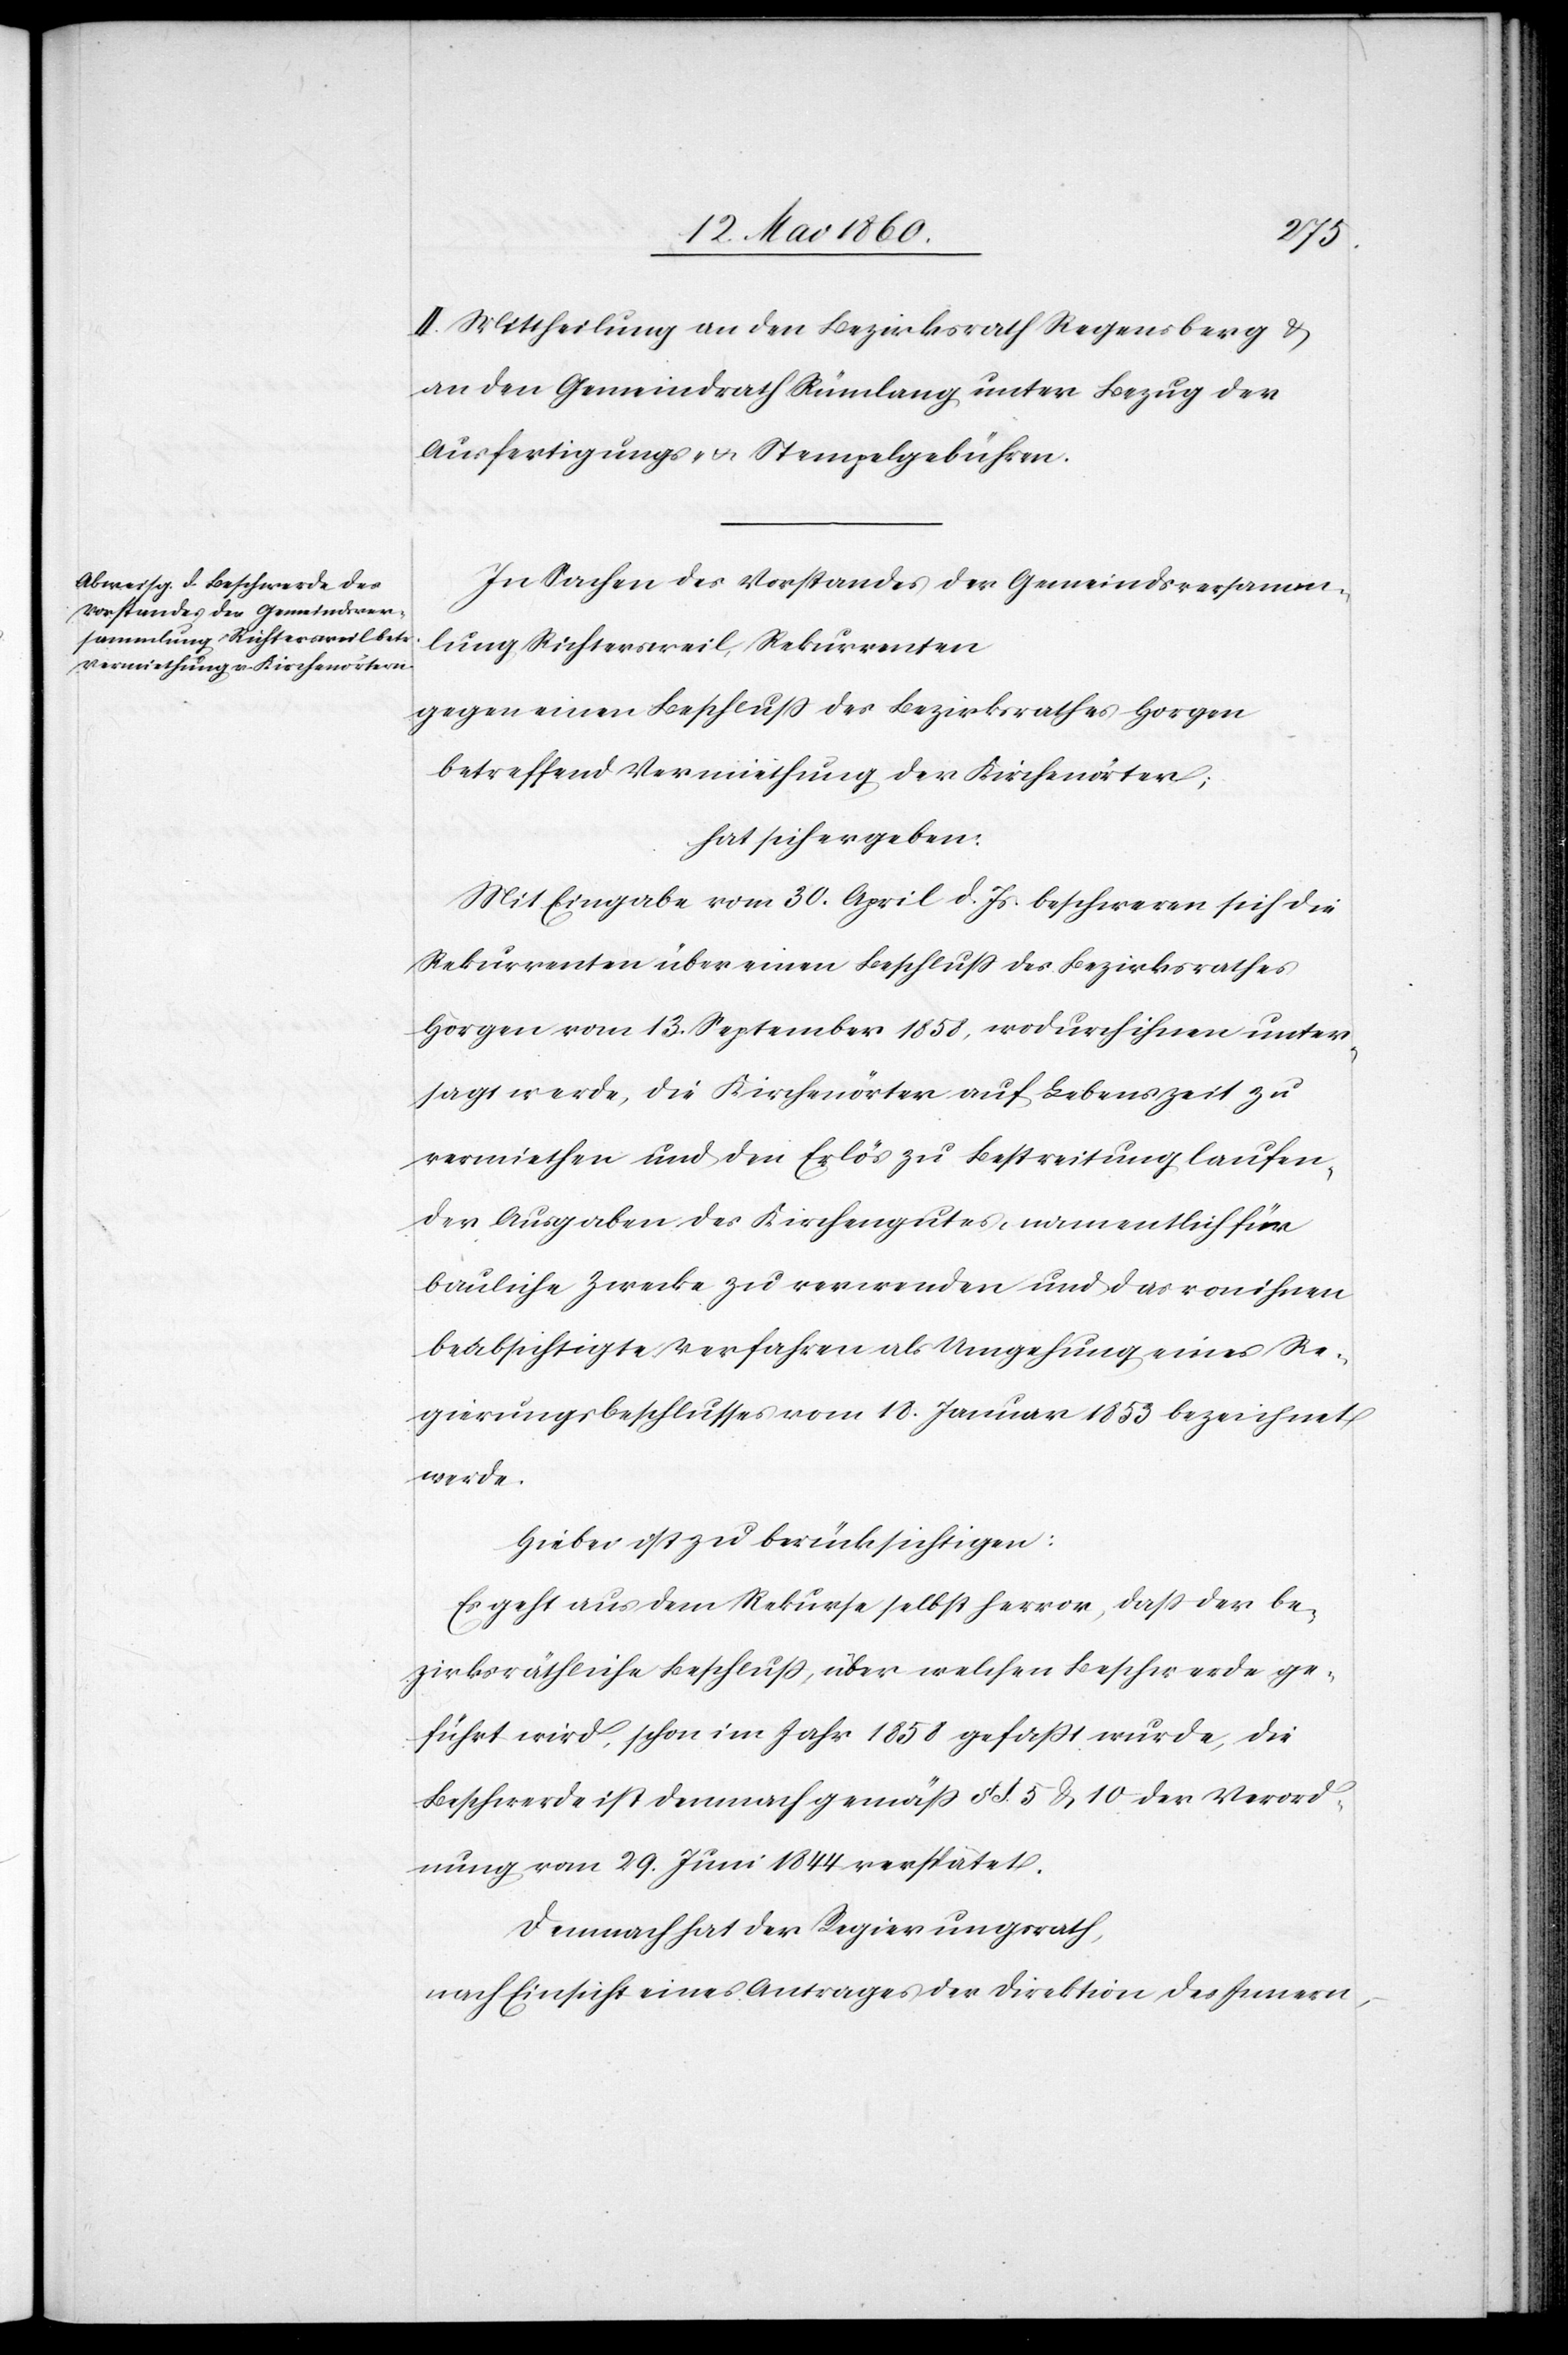
II. Mittheilung an den Bezirksrath Regensberg u.
an den Gemeindrath Rümlang unter Bezug der
Ausfertigungs- u. Stempelgebühren.
In Sachen des Vorstandes der Gemeindsversamm¬
lung Richtersweil, Rekurrenten
gegen einen Beschluss des Bezirksrathes Horgen
betreffend Vermiethung der Kirchenörter;
hat sich ergeben:
Mit Eingabe vom 30. April d. Js. beschwerden sich die
Rekurrenten über einen Beschluss des Bezirksrathes
Horgen vom 13. September 1858, wodurch ihnen unter¬
sagt werde, die Kirchenörter auf Lebenszeit zu
vermiethen und den Erlös zu Bestreitung laufen¬
der Ausgaben des Kirchengutes, namentlich für
bauliche Zwecke zu verwenden und das von ihnen
beabsichtigte Verfahren als Umgehung eines Re¬
gierungsbeschlusses vom 10. Januar 1853 bezeichnet
werde.
Hiebei ist zu berücksichtigen:
Es geht aus dem Rekurse selbst hervor, dass der be¬
zirksräthliche Beschluss, über welchen Beschwerde ge¬
führt wird, schon im Jahr 1858 gefasst wurde, die
Beschwerde ist demnach gemäss §§. 5 & 10 der Verord¬
nung vom 29. Juni 1844 verspätet.
Demnach hat der Regierungsrath,
nach Einsicht eines Antrages der Direktion des Innern,